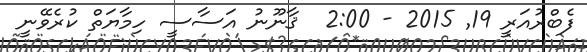
ފެބްރުއަރީ 19